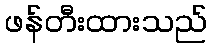
ဖန်တီးထားသည်